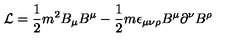
{ \cal L } = \frac { 1 } { 2 } m ^ { 2 } B _ { \mu } B ^ { \mu } - \frac { 1 } { 2 } m \epsilon _ { \mu \nu \rho } B ^ { \mu } \partial ^ { \nu } B ^ { \rho }